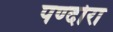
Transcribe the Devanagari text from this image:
पण्दोरा